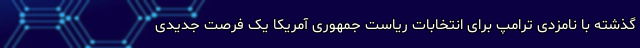
گذشته با نامزدی ترامپ برای انتخابات ریاست جمهوری آمریکا یک فرصت جدیدی